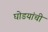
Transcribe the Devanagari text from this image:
घोडयांची